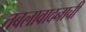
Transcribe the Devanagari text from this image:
तबलावादनाची